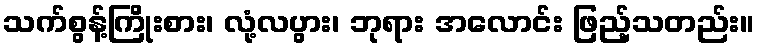
သက်စွန့်ကြိုးစား၊ လုံ့လပွား၊ ဘုရား အလောင်း ဖြည့်သတည်း။